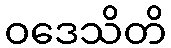
ဝဒေသိတိ